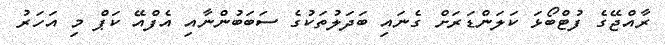
ރާއްޖޭގެ ފުޓްބޯޅަ ކަލަންޑަރަށް ގެނައި ބަދަލުތަކުގެ ސަބަބުންނާއި އެފްއޭ ކަޕް މި އަހަރު